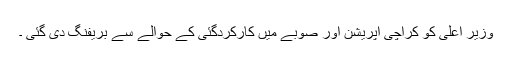
وزیر اعلی کو کراچی آپریشن اور صوبے میں کارکردگئی کے حوالے سے بریفنگ دی گئی ۔